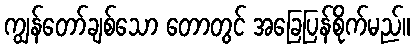
ကျွန်တော်ချစ်သော တောတွင် အခြေပြန်စိုက်မည်။